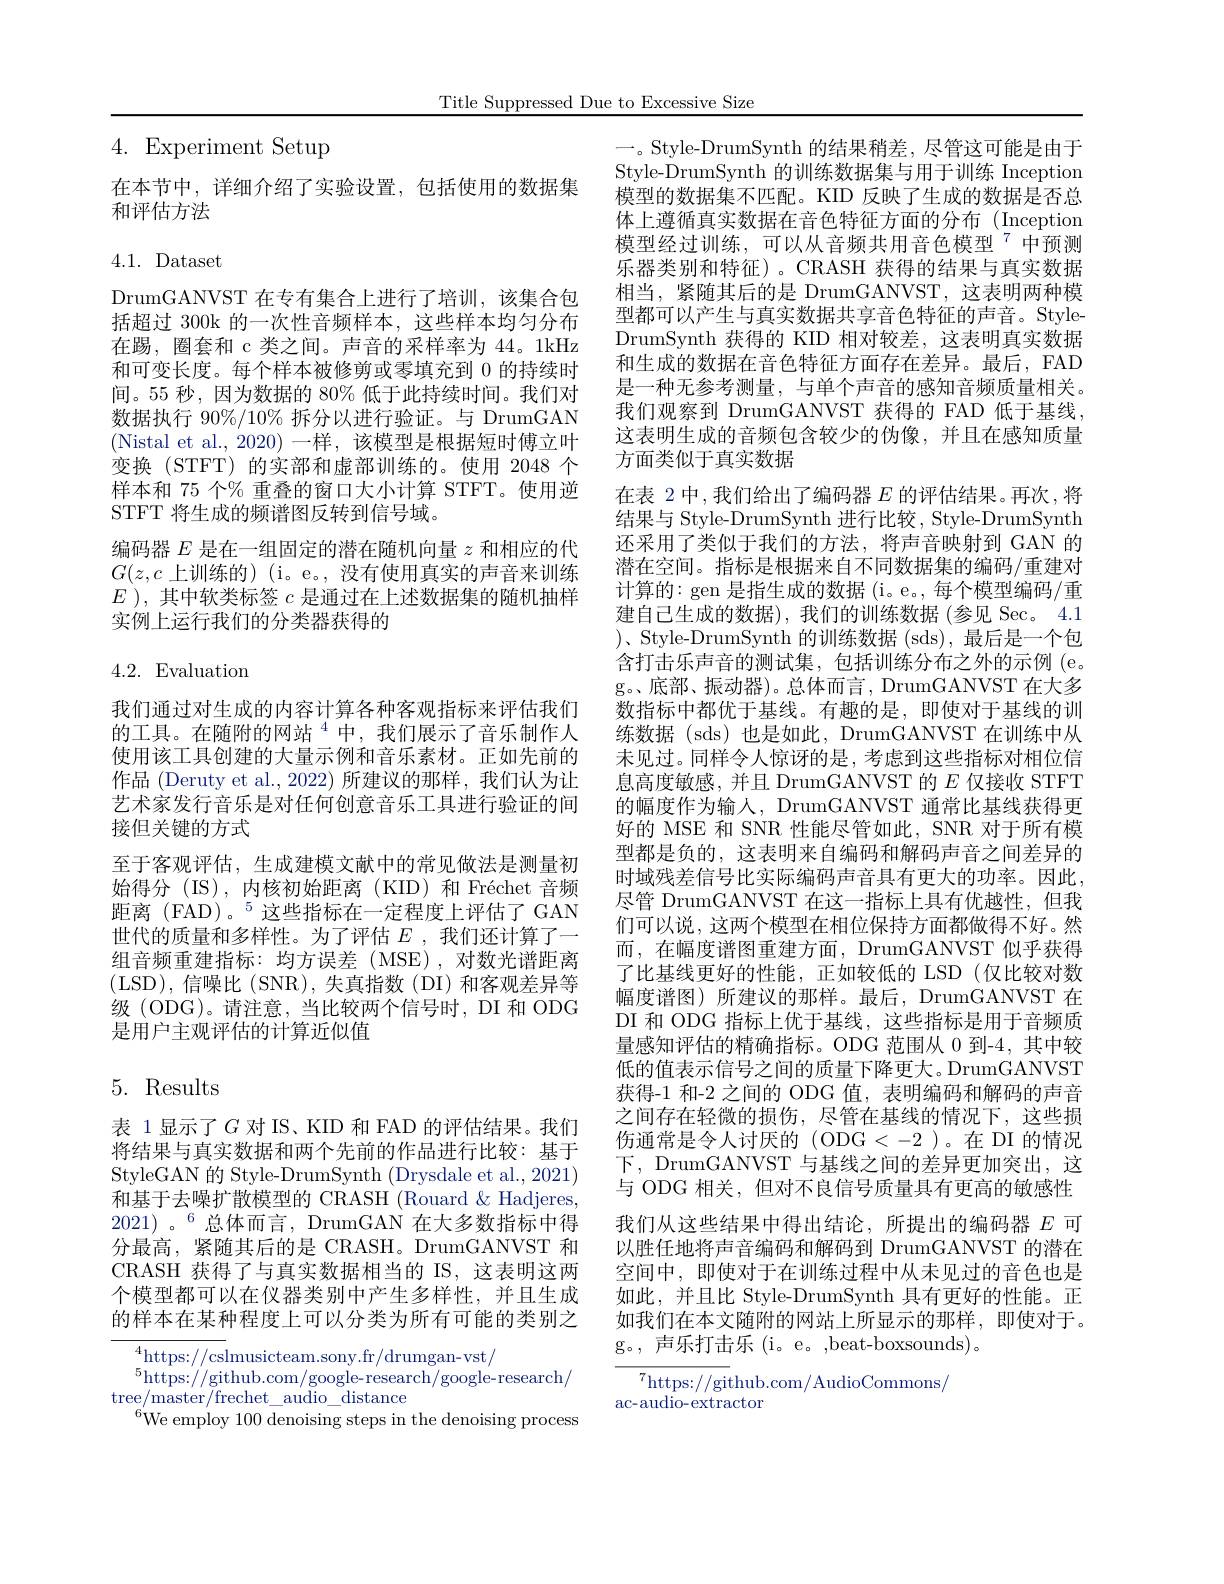
4. Experiment Setup

在本节中，详细介绍了实验设置，包括使用的数据集
和评估方法

## 4.1. Dataset

DrumGANVST 在专有集合上进行了培训，该集合包括超过 300k 的一次性音频样本，这些样本均匀分布在踢，圈套和 c 类之间。声音的采样率为 44。1kHz 和可变长度。每个样本被修剪或零填充到 0 的持续时间。55 秒，因为数据的 80% 低于此持续时间。我们对数据执行 90%/10% 拆分以进行验证。与 DrumGAN (Nistal et al.,2020)一样，该模型是根据短时傅立叶变换(STFT)的实部和虚部训练的。使用 2048 个样本和 75 个% 重叠的窗口大小计算 STFT。使用逆STFT 将生成的频谱图反转到信号域。
编码器$E$是在一组固定的潜在随机向量$z$和相应的代$G(z,c$上训练的) (i。e。, 没有使用真实的声音来训练$E$ ), 其中软类标签$c$是通过在上述数据集的随机抽样实例上运行我们的分类器获得的

4.2. Evaluation

我们通过对生成的内容计算各种客观指标来评估我们的工具。在随附的网站$^{4}$中，我们展示了音乐制作人使用该工具创建的大量示例和音乐素材。正如先前的作品 (Deruty et al.,2022) 所建议的那样，我们认为让艺术家发行音乐是对任何创意音乐工具进行验证的间接但关键的方式
至于客观评估，生成建模文献中的常见做法是测量初始得分(IS),内核初始距离(KID)和Fréchet音频距离 (FAD)。$^5$这些指标在一定程度上评估了GAN 世代的质量和多样性。为了评估$E$ ,我们还计算了一组音频重建指标：均方误差(MSE),对数光谱距离(LSD),信噪比(SNR),失真指数(DI)和客观差异等级 (ODG)。请注意，当比较两个信号时，DI 和 ODG 是用户主观评估的计算近似值

## 5. Results

表 1显示了$G$ 对 IS、KID 和 FAD 的评估结果。我们将结果与真实数据和两个先前的作品进行比较：基于StyleGAN 的 Style-DrumSynth (Drysdale et al., 2021) 和基于去噪扩散模型的 CRASH (Rouard & Hadjeres, $2021)\text{。}^6$总体而言，DrumGAN 在大多数指标中得分最高，紧随其后的是 CRASH。DrumGANVST 和CRASH 获得了与真实数据相当的 IS,这表明这两个模型都可以在仪器类别中产生多样性，并且生成的样本在某种程度上可以分类为所有可能的类别之

$^4$https://cslmusicteam.sony.fr/drumgan-vst/
$^5$https://github.com/google-research/google-research/
$\operatorname{tree/master/frechet\_audio\_distance}$
$^{6}$We employ 100 denoising steps in the denoising process

Title Suppressed Due to Excessive Size

一。Style-DrumSynth 的结果稍差，尽管这可能是由于Style-DrumSynth 的训练数据集与用于训练 Inception 模型的数据集不匹配。KID 反映了生成的数据是否总体上遵循真实数据在音色特征方面的分布(Inception 模型经过训练，可以从音频共用音色模型$^{7}$中预测乐器类别和特征)。CRASH 获得的结果与真实数据相当，紧随其后的是 DrumGANVST,这表明两种模型都可以产生与真实数据共享音色特征的声音。StyleDrumSynth 获得的 KID 相对较差，这表明真实数据和生成的数据在音色特征方面存在差异。最后，FAD 是一种无参考测量，与单个声音的感知音频质量相关。我们观察到 DrumGANVST 获得的 FAD 低于基线， 这表明生成的音频包含较少的伪像，并且在感知质量方面类似于真实数据
在表 2 中，我们给出了编码器$E$的评估结果。再次，将结果与 Style-DrumSynth 进行比较，Style-DrumSynth 还采用了类似于我们的方法，将声音映射到 GAN 的潜在空间。指标是根据来自不同数据集的编码/重建对计算的：gen 是指生成的数据 (i。e。, 每个模型编码/重建自己生成的数据),我们的训练数据(参见 Sec。4.1含打击乐声音的测试集，包括训练分布之外的示例(e。g。底部、振动器)。总体而言，DrumGANVST 在大多数指标中都优于基线。有趣的是，即使对于基线的训练数据 (sds)也是如此，DrumGANVST 在训练中从未见过。同样令人惊讶的是，考虑到这些指标对相位信息高度敏感，并且 DrumGANVST 的$E$仅接收 STFT 的幅度作为输入，DrumGANVST 通常比基线获得更好的 MSE 和 SNR 性能尽管如此，SNR 对于所有模型都是负的，这表明来自编码和解码声音之间差异的时域残差信号比实际编码声音具有更大的功率。因此， 尽管 DrumGANVST 在这一指标上具有优越性，但我们可以说，这两个模型在相位保持方面都做得不好。然而，在幅度谱图重建方面，DrumGANVST 似乎获得了比基线更好的性能，正如较低的 LSD(仅比较对数幅度谱图)所建议的那样。最后，DrumGANVST 在DI 和 ODG 指标上优于基线，这些指标是用于音频质量感知评估的精确指标。ODG 范围从 0 到-4,其中较低的值表示信号之间的质量下降更大。DrumGANVST 获得-1 和-2 之间的 ODG 值，表明编码和解码的声音之间存在轻微的损伤，尽管在基线的情况下，这些损伤通常是令人讨厌的(ODG<-2)。在 DI 的情况下，DrumGANVST 与基线之间的差异更加突出，这与 ODG 相关，但对不良信号质量具有更高的敏感性我们从这些结果中得出结论，所提出的编码器$E$可以胜任地将声音编码和解码到 DrumGANVST 的潜在空间中，即使对于在训练过程中从未见过的音色也是如此，并且比 Style-DrumSynth 具有更好的性能。正如我们在本文随附的网站上所显示的那样，即使对于。g。,声乐打击乐(i。e。,beat-boxsounds)。
$^{7}$https://github.com/AudioCommons/

ac-audio-extractor